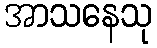
အာသနေသု